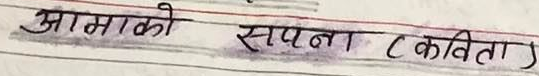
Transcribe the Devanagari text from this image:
आमाको सपना (कविता)